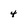
Character: 4